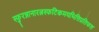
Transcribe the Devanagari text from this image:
स्फुरन्नानारत्नस्फटिकमयभित्तिप्रतिफल